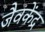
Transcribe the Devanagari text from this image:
जैवकेंद्र